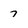
Character: 7